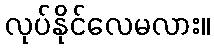
လုပ်နိုင်လေမလား။